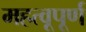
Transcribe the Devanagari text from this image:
महत्वूपूर्ण